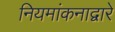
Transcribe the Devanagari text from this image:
नियमांकनाद्वारे